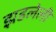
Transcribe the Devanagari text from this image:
झडलेली